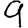
Digit: 9